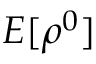
E [ \rho ^ { 0 } ]